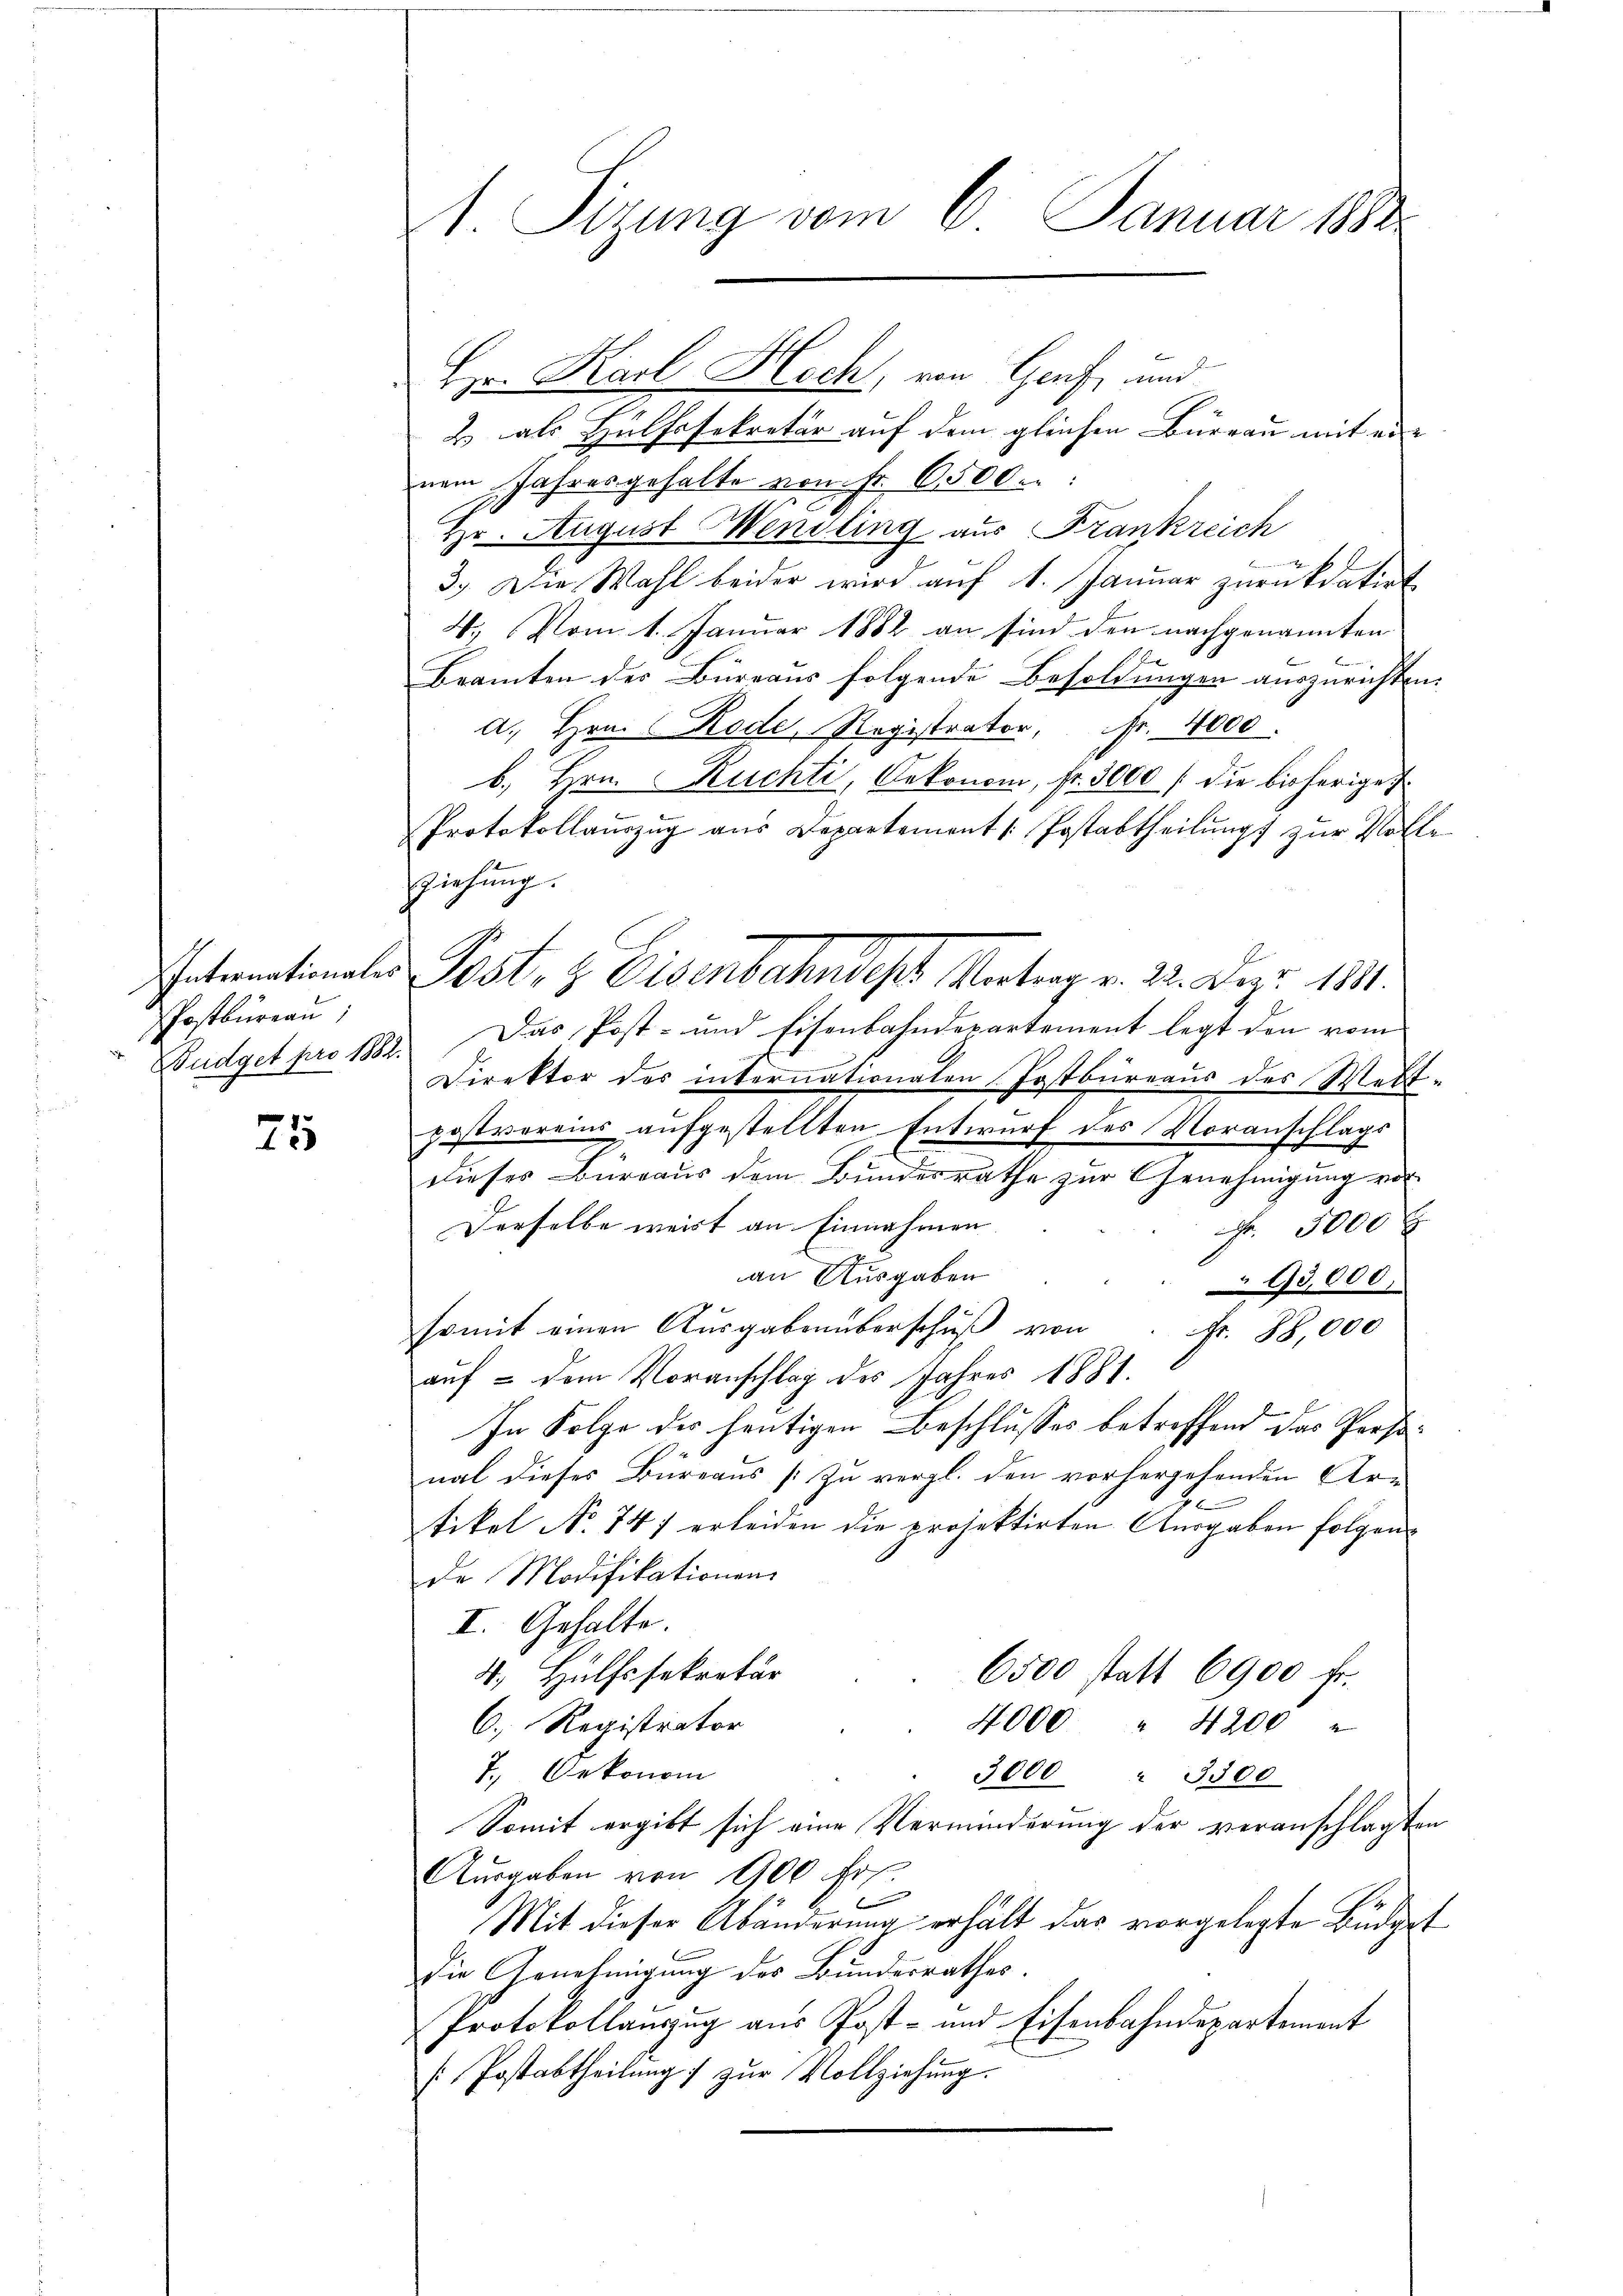
Internationales
PPostbureau

25

1. Sizung vom 6. Januar 182.

2 als Hülfssekretär auf dem gleichen Bureau mit eine
nem Jahresgehalte von Fr. 6500.
Hr. August Hendling aus Frankreich

3.) Die Wahl beider wird auf 1. Januar zurückdatirt
4. Vom 1. Januar 1882 an sind den nachgenannten
Beamten der Büreaus folgende Besoldungen auszurichten.
a. Hrn. (Kode, Registrator, fr. 4000.
b. Hrn. Ruchti, Oekonom, fr. 3000 / die bisherige
Protokollaŭszŭg aŭs Departement /: Postabtheilŭng zŭr Volle
Ziehung.
Budget pro 1882. Das Post- und Eisenbahndepartement legt den vom
Direktor des internationalen Postbureaus des Welt-
postvereins aufgestellten Entwurf des Voranschlags
dieses Bureaus dem Bundesrathe zur Genehmigung vor
Derselbe weist an Einnahmen.
Nr. 5000 x
an Ausgaben
93,000.
somit einen Ausgaben überschŭβ von Fr. 88,000
auf - dem Voranschlag des Jahres 1881.
In Folge der heutigen Beschlusses betreffend das Personal dieses Büreaus zu vergl. den vorhergehenden Artikel No 747 erleiden die projektirten Ausgaben folgende Modifikationen
I. Gehalte.
4. Hülfssekretär
6500 statt 6900 fr.
6. Registrator
4,000 " 4200
7., Oekonom
3000 " 3500
Somit ergibt sich eine Verminderung der veranschlagten
Ausgaben von 100 fr.
B
Mit dieser Abänderung erhält das vorgelegte Büdget
Die Genehmigung des Bundesrathes.
Protokollauszug aus Post- und Eisenbahndepartement
[Postabtheilŭng zŭr Vollziehung.

Hr. Karl Hoch, von Genf, und

Post- & Eisenbahndes Antrag v. 22. Dez. 1841.